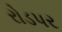
રોડપર